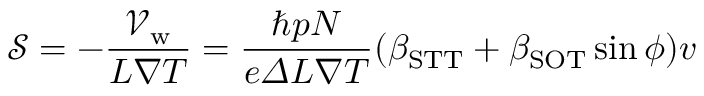
\mathcal { S } = - \frac { \mathcal { V } _ { \mathrm { w } } } { L \nabla T } = \frac { \hbar p N } { e \varDelta L \nabla T } ( \beta _ { \mathrm { S T T } } + \beta _ { \mathrm { S O T } } \sin \phi ) v